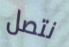
نتصل